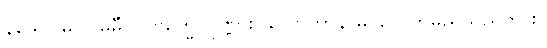
နသေဝါမိ၊ ငါမမှီဝဲ။ ဗြဟ္မေ၊ ပုဏ္ဏား။ လောကာနာမ၊ လေကမည်သည်ကား။